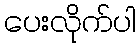
ပေးလိုက်ပါ